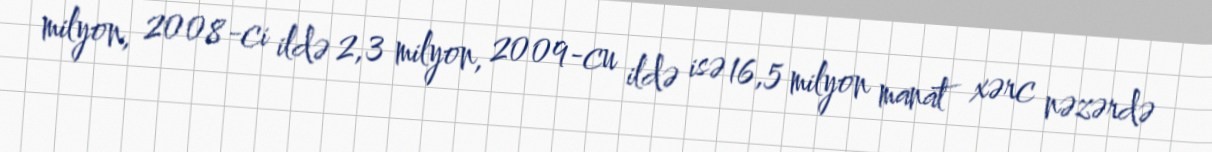
milyon, 2008-ci ildə 2,3 milyon, 2009-cu ildə isə 16,5 milyon manat xərc nəzərdə